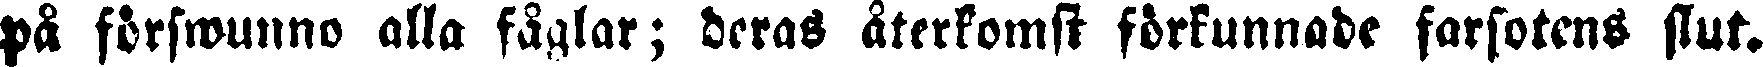
på förswunno alla fåglar; deras återkomst förkunnade farsotens slut.